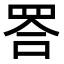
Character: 𦊴